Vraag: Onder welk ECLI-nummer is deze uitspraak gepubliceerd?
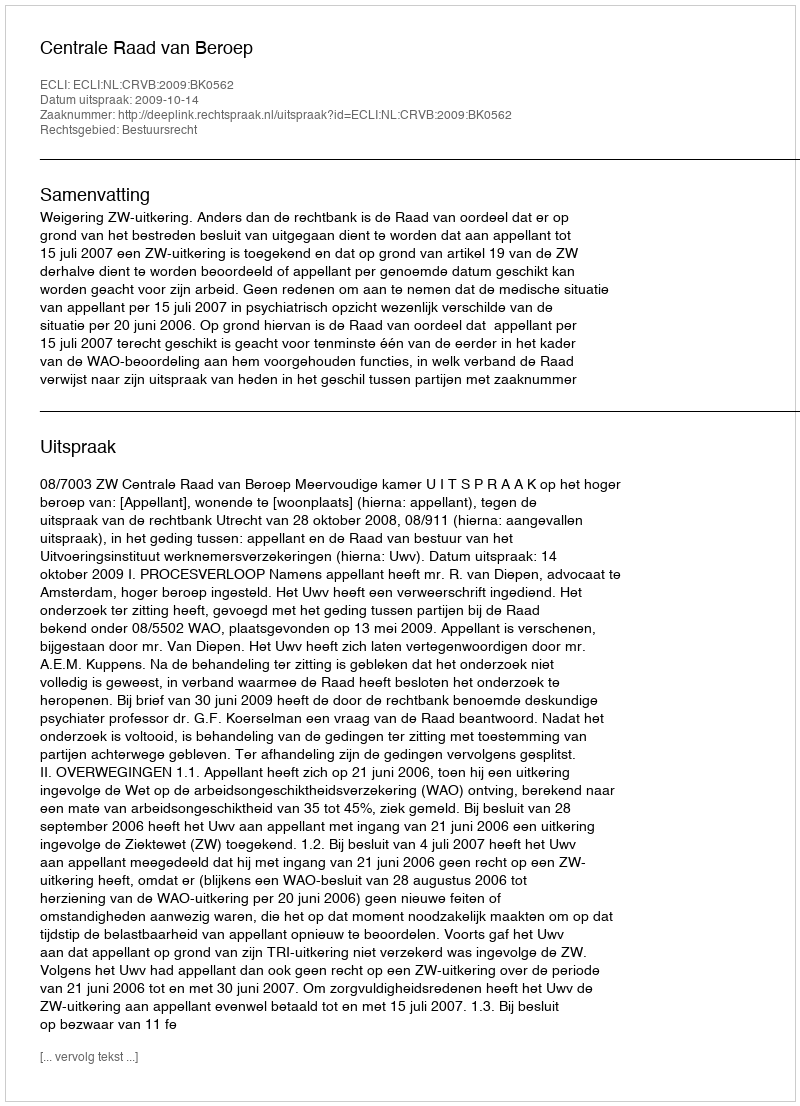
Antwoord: ECLI:NL:CRVB:2009:BK0562